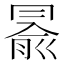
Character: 𠕦